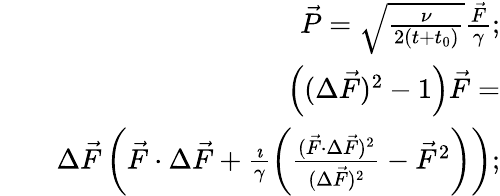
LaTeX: \begin{array}{rlr}&{}&{\vec{P}=\sqrt{\frac{\nu}{2(t+t_{0})}}\frac{\vec{F}}{\gamma};}\\ &{}&{\left((\Delta\vec{F})^{2}-1\right)\vec{F}=}\\ &{}&{\Delta\vec{F}\left(\vec{F}\cdot\Delta\vec{F}+\frac{\imath}{\gamma}\left(\frac{(\vec{F}\cdot\Delta\vec{F})^{2}}{(\Delta\vec{F})^{2}}-\vec{F}^{2}\right)\right);}\end{array}